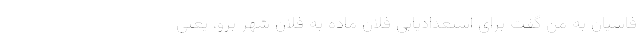
فاشیان به من گفت برای استعدادیابی فلان ماده به فلان شهر برو، یعنی